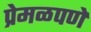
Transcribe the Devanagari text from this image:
प्रेमळपणे